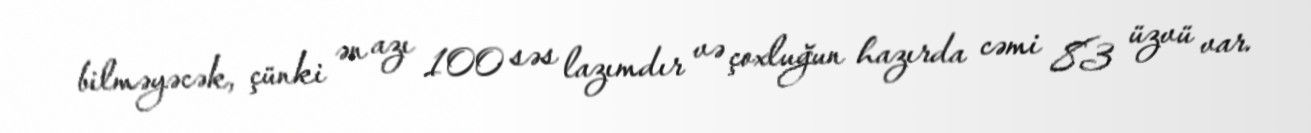
bilməyəcək, çünki ən azı 100 səs lazımdır və çoxluğun hazırda cəmi 83 üzvü var.